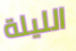
الليلة